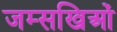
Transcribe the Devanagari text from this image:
जम्सखिओं